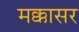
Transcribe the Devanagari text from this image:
मक्कासर